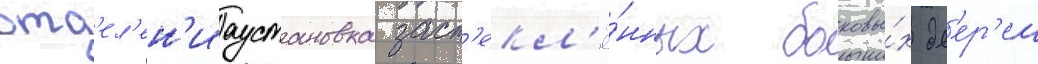
отд'ел'ен'иаустановка заст'екл'ё́нных боковы́х дв'ер'еи